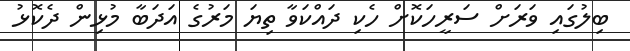
ބިލުގައި ވަރަށް ސަރީހަކޮށް ހެކި ދައްކަވާ ތިޔަ މަރުގެ އަދަބާ މުޅިން ދެކޮޅު